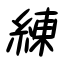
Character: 練